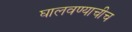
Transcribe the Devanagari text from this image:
घालवण्याचीच